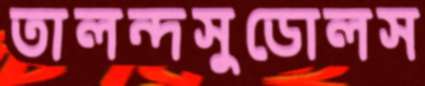
তালন্দসুডোলস